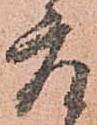
座